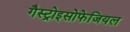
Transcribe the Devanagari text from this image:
गैस्ट्रोइसोफेजियल